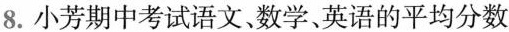
8.小芳期中考试语文、数学、英语的平均分数